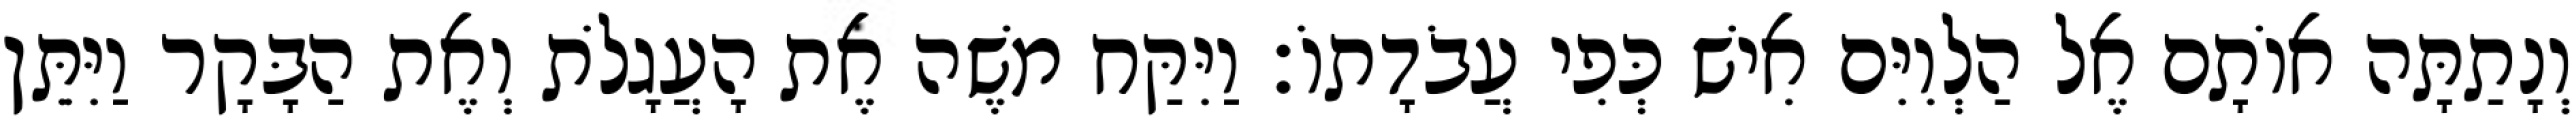
וְנָתַתָּה אוֹתָם אֶל הַלְוִיִּם אִישׁ כְּפִי עֲבֹדָתוֹ׃ וַיִּקַּח משֶׁה אֶת הָעֲגָלֹת וְאֶת הַבָּקָר וַיִּתֵּן